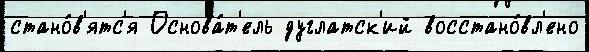
стано́в'ятс'я Основа́т'ель дуглатск'ий восстано́вл'ено